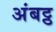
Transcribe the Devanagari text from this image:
अंबट्ठ